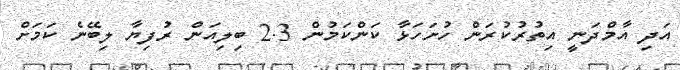
އަދި އާމްދަނީ އިތުރުކުރަން ހުށަހަޅާ ކަންކަމުން 2.3 ބިލިއަން ރުފިޔާ ލިބޭނެ ކަމަށް